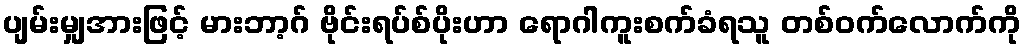
ပျမ်းမျှအားဖြင့် မားဘာ့ဂ် ဗိုင်းရပ်စ်ပိုးဟာ ရောဂါကူးစက်ခံရသူ တစ်ဝက်လောက်ကို